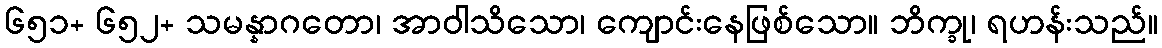
၆၅၁+ ၆၅၂+ သမန္နာဂတော၊ အာဝါသိသော၊ ကျောင်းနေဖြစ်သော။ ဘိက္ခု၊ ရဟန်းသည်။